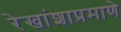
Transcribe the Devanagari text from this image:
रेखांशाप्रमाणे